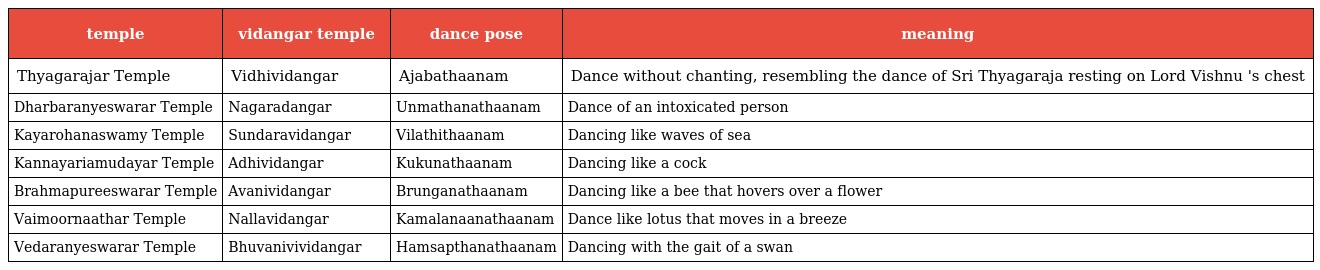
| temple | vidangar temple | dance pose | meaning |
 | --- | --- | --- | --- |
 | Thyagarajar Temple | Vidhividangar | Ajabathaanam | Dance without chanting, resembling the dance of Sri Thyagaraja resting on Lord Vishnu 's chest |
 | Dharbaranyeswarar Temple | Nagaradangar | Unmathanathaanam | Dance of an intoxicated person |
 | Kayarohanaswamy Temple | Sundaravidangar | Vilathithaanam | Dancing like waves of sea |
 | Kannayariamudayar Temple | Adhividangar | Kukunathaanam | Dancing like a cock |
 | Brahmapureeswarar Temple | Avanividangar | Brunganathaanam | Dancing like a bee that hovers over a flower |
 | Vaimoornaathar Temple | Nallavidangar | Kamalanaanathaanam | Dance like lotus that moves in a breeze |
 | Vedaranyeswarar Temple | Bhuvanivividangar | Hamsapthanathaanam | Dancing with the gait of a swan |